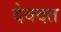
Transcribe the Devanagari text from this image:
देवदत